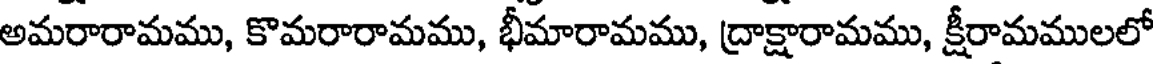
అమరారామము, కొమరారామము, భీమారామము, ద్రాక్షారామము, క్షీరామములలో